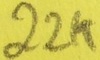
Text: 22K